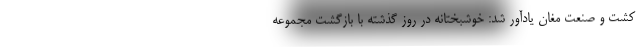
کشت و صنعت مغان یادآور شد: خوشبختانه در روز گذشته با بازگشت مجموعه